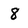
Character: 8